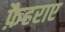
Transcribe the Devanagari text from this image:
फ़ैहराए